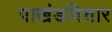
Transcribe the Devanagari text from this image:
पाखंडविचार